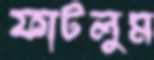
ফাটলুম